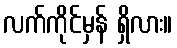
လက်ကိုင်မှန် ရှိလား။